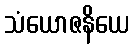
သံယောဇနိယေ